Lyperosia minuta, Bezzi - Number 59
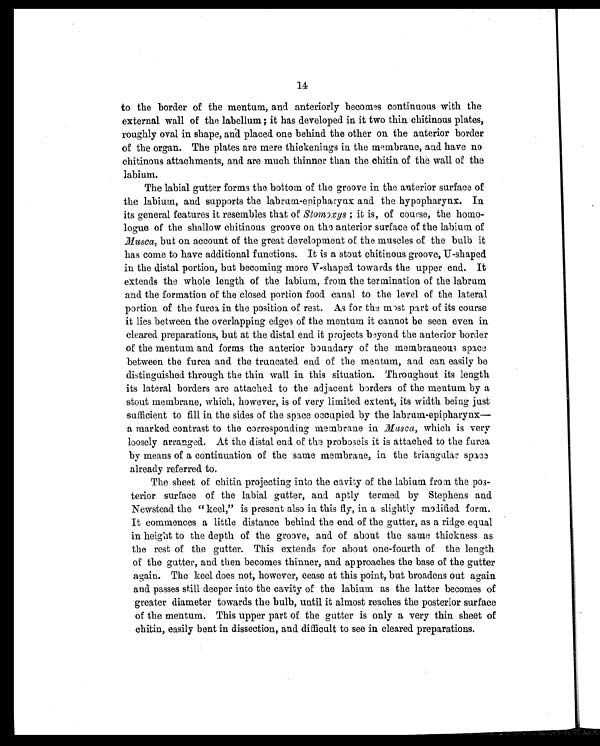
14
to the border of the mentum, and anteriorly becomes continuous with the
external wall of the labellum; it has developed in it two thin chitinous plates,
r o u g h l y o v a l i n s h a p e , a n d p l a c e d o n e b e h i n d t h e o t h e r o n t h e a n t e r i o r b o r d e r
of the organ. The plates are mere thickenings in the membrane, and have no
chitinous attachments, and are much thinner than the chitin of the wall of the
labium.
The labial gutter forms the bottom of the groove in the anterior surface of
the labium, and supports the labruna-epipharynx and the hypopharynx. In
its general features it resembles that of Stomoxys ; it is, of course, the homo
- l o g u e o f t h e s h a l l o w c h i t i n o u s g r o o v e o n t h e a n t e r i o r s u r f a c e o f t h e l a b i u m . o f
Musca , but on account of the great development of the muscles of the bulb it
has come to have additional functions. It is a stout chitinous groove, U-shaped
in the distal portion, but becoming more V-shaped. towards the upper end. It
extends the whole length of the labium., from the termination of the labrum
and the formation of the closed portion food canal to the level of the lateral
portion of the furca in the position of rest. As for the most part of its course
it lies between the overlapping edges of the mentum it cannot be seen even in
cleared preparations, but at the distal end it projects beyond the anterior border
of the mentum and forms the anterior boundary of the membraneous space
between the furca and the truncated end of the mentum, and can easily be
distinguished through the thin wall in this situation. Throughout its length
its lateral borders are attached to the adjacent borders of the mentum by a
stout membrane, which, however, is of very limited extent, its width being just
sufficient to fill in the sides of the space occupied by the labrum-epipharynx—
a marked contrast to the corresponding membrane in Musca, which is very
loosely arranged. At the distal end of the proboscis it is attached to the furea
by means of a continuation of the same membrane, in the triangular space
already referred to.
The sheet of chitin projecting into the cavity of the labium from the po
s - t e r i o r s u r f a c e o f t h e l a b i a l g u t t e r , a n d a p t l y t e r m e d b y S t e p h e n s a n d
Newsteacl the " keel," is present also in this fly, in a slightly modified form.
It commences a little distance behind the end of the gutter, as a ridge equal
in height to the depth of the groove, and of about the same thickness as
the rest of the gutter. This extends for about one-fourth of the length
of the gutter, and then becomes thinner, and approaches the base of the gutter
again. The keel does not, however, cease at this point, but broadens out again
and passes still deeper into the cavity of the labium as the latter becomes of
greater diameter towards the bulb, until it almost reaches the posterior surface
of the mentum. This upper part of the gutter is only a very thin sheet of
chitin, easily bent in dissection, and difficult to see in cleared preparations.